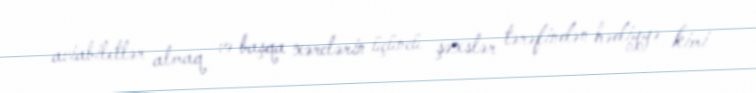
aviabiletlər almaq və başqa xərclərin üçüncü şəxslər tərəfindən hədiyyə kimi